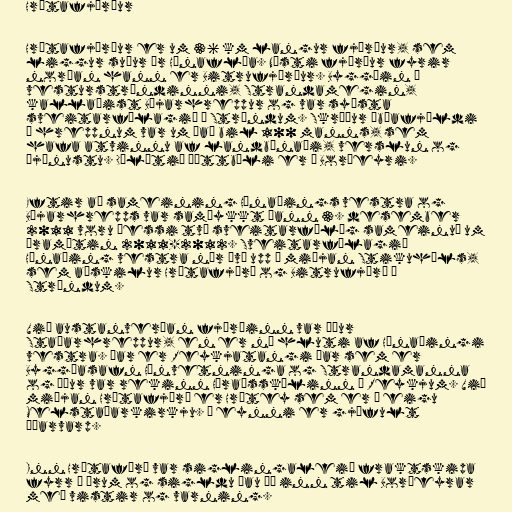
Hrútafjörður

Hrútafjörður er um 36 km langur fjörður, sem
liggur suður úr Húnaflóa. Næsti fjörður fyrir
norðan hann er Bitrufjörður. Byggðin á
vesturströndinni, Strandamegin,
kallaðist Bæjarhreppur og var syðsta
sveitarfélagið á Ströndum. Skráður íbúafjöldi
í hreppnum var um það bil 100 manns, sem
hafa atvinnu af landbúnaði, verslun og
þjónustu. Dálítið þéttbýli er á Borðeyri.

Eftir að sameining Húnaþings vestra og
Bæjarhrepps var samþykkt þann 3. desember
2011 voru þessi tvö sveitarfélög sameinuð um
áramótin 2011-2012. Sveitarfélagið
Húnaþing vestra nær því upp á miðjan Stikuháls,
sem aðskilur Hrútafjörð og Bitrufjörð á
Ströndum.

Við austanverðan fjörðinn var áður
Staðarhreppur, en er nú hluti af Húnaþingi
vestra. Þar er Reykjatangi þar sem er
Byggðasafn Húnvetninga og Strandamanna
og áður var rekinn Héraðsskólinn á Reykjum. Við
miðjan Hrútafjörð er Hrútey sem er í eigu
Melstaðarkirkju. Í eynni er gjöfult
æðarvarp.

Inn Hrútaförð var siglingaleið fraktskipa
fyrr á árum og sigldu þau þá inn til Borðeyrar
með vistir og varning.